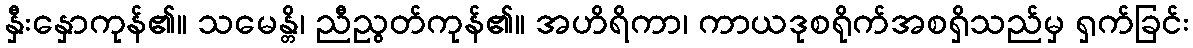
နှီးနှောကုန်၏။ သမေန္တိ၊ ညီညွတ်ကုန်၏။ အဟိရိကာ၊ ကာယဒုစရိုက်အစရှိသည်မှ ရှက်ခြင်း